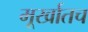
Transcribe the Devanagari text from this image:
मूर्खातच